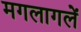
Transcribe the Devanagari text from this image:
मगलागलें